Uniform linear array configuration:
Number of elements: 4
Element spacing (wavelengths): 1
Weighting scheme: exponential
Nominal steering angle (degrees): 60
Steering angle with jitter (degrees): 59.609
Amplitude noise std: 0.05
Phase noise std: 0.05

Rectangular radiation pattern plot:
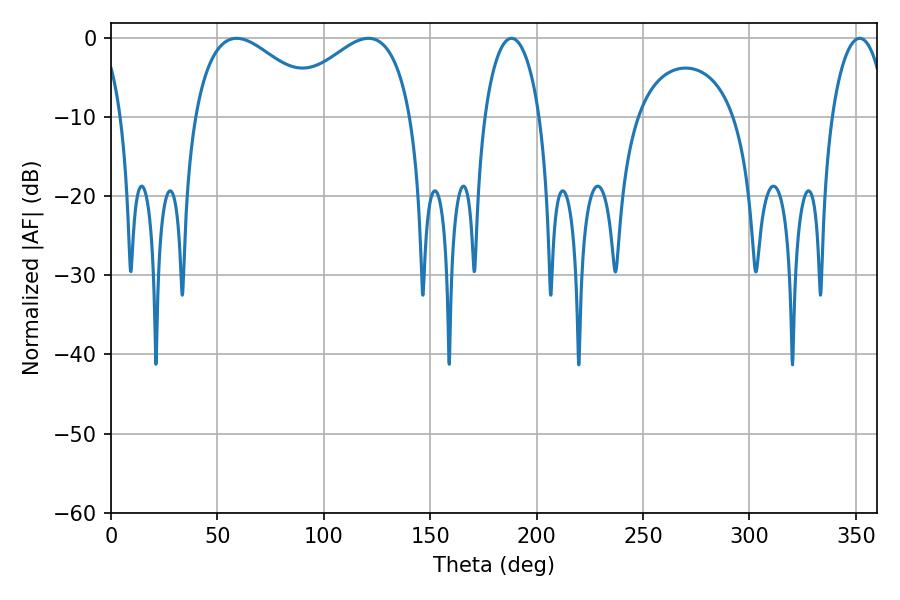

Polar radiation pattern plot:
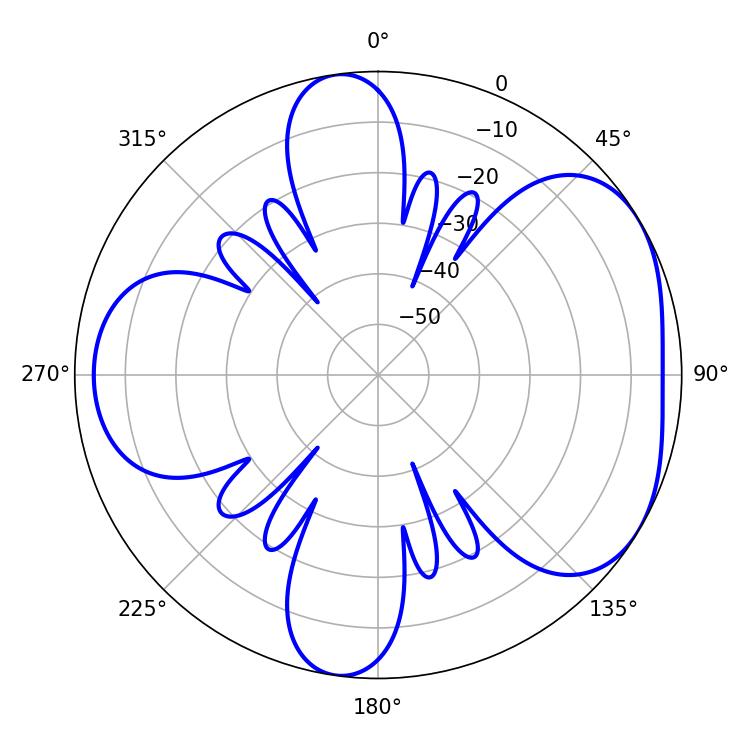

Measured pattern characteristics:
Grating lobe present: TRUE
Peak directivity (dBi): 4.597
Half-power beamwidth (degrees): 33.48
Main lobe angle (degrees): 59.04